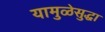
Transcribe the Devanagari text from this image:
यामुळेसुद्धा